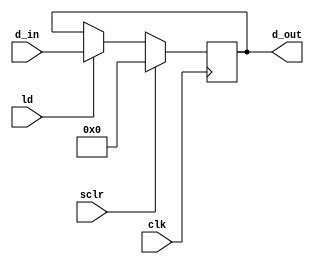
module R #(parameter Width = 8)
    (input clk, sclr, ld, input[Width-1:0] d_in, output reg[Width-1:0] d_out);

    always @(posedge clk) begin
        if(sclr == 1'b1)
            d_out <= 0;
        else if (ld)
            d_out <= d_in;
    end 

endmodule

module register_tb();
    reg clk, rst, load;
    reg [31:0] in;
    wire [31:0] out;

    R #(32) reg1(clk, rst, load, in, out);

    initial begin // test bench for burst writing
        clk = 0;
        rst = 0;
        load = 0;
        #3 rst = 1;
        #9 rst = 0;
        #15 in = 32'd34;
        #5 load = 1;
        #4 load = 0;
        in = 32'd32;
        #100 $stop;
    end

    always begin
        #2 clk = ~clk;
    end
endmodule